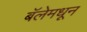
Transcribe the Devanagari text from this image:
बॅलेमधून